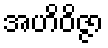
အဟိဝိဇ္ဇာ